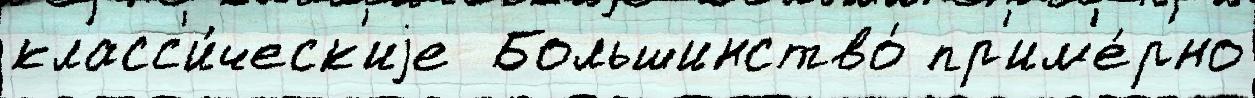
класс'и́ческ'иjе  Большинство́ пр'им'е́рно